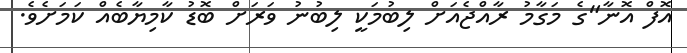
އޮފް އޮނާ"ގެ މަގާމު ރާއްޖެއަށް ލިބުމަކީ ލިބުނު ވަރަށް ބޮޑު ކާމިޔާބެއް ކަމަށެވެ.